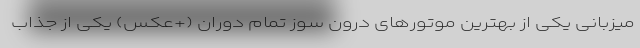
میزبانی یکی از بهترین موتورهای درون سوز تمام دوران (+عکس) یکی از جذاب